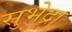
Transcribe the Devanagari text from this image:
सुभेद्रा